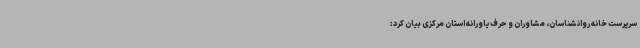
سرپرست خانه روانشناسان، مشاوران و حرف یاورانه استان مرکزی بیان کرد: